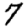
Digit: 7